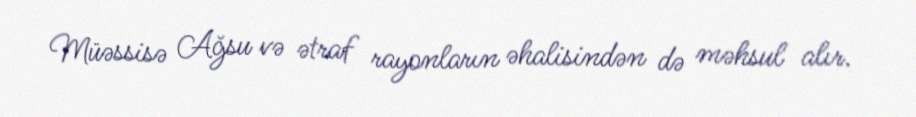
Müəssisə Ağsu və ətraf rayonların əhalisindən də məhsul alır.